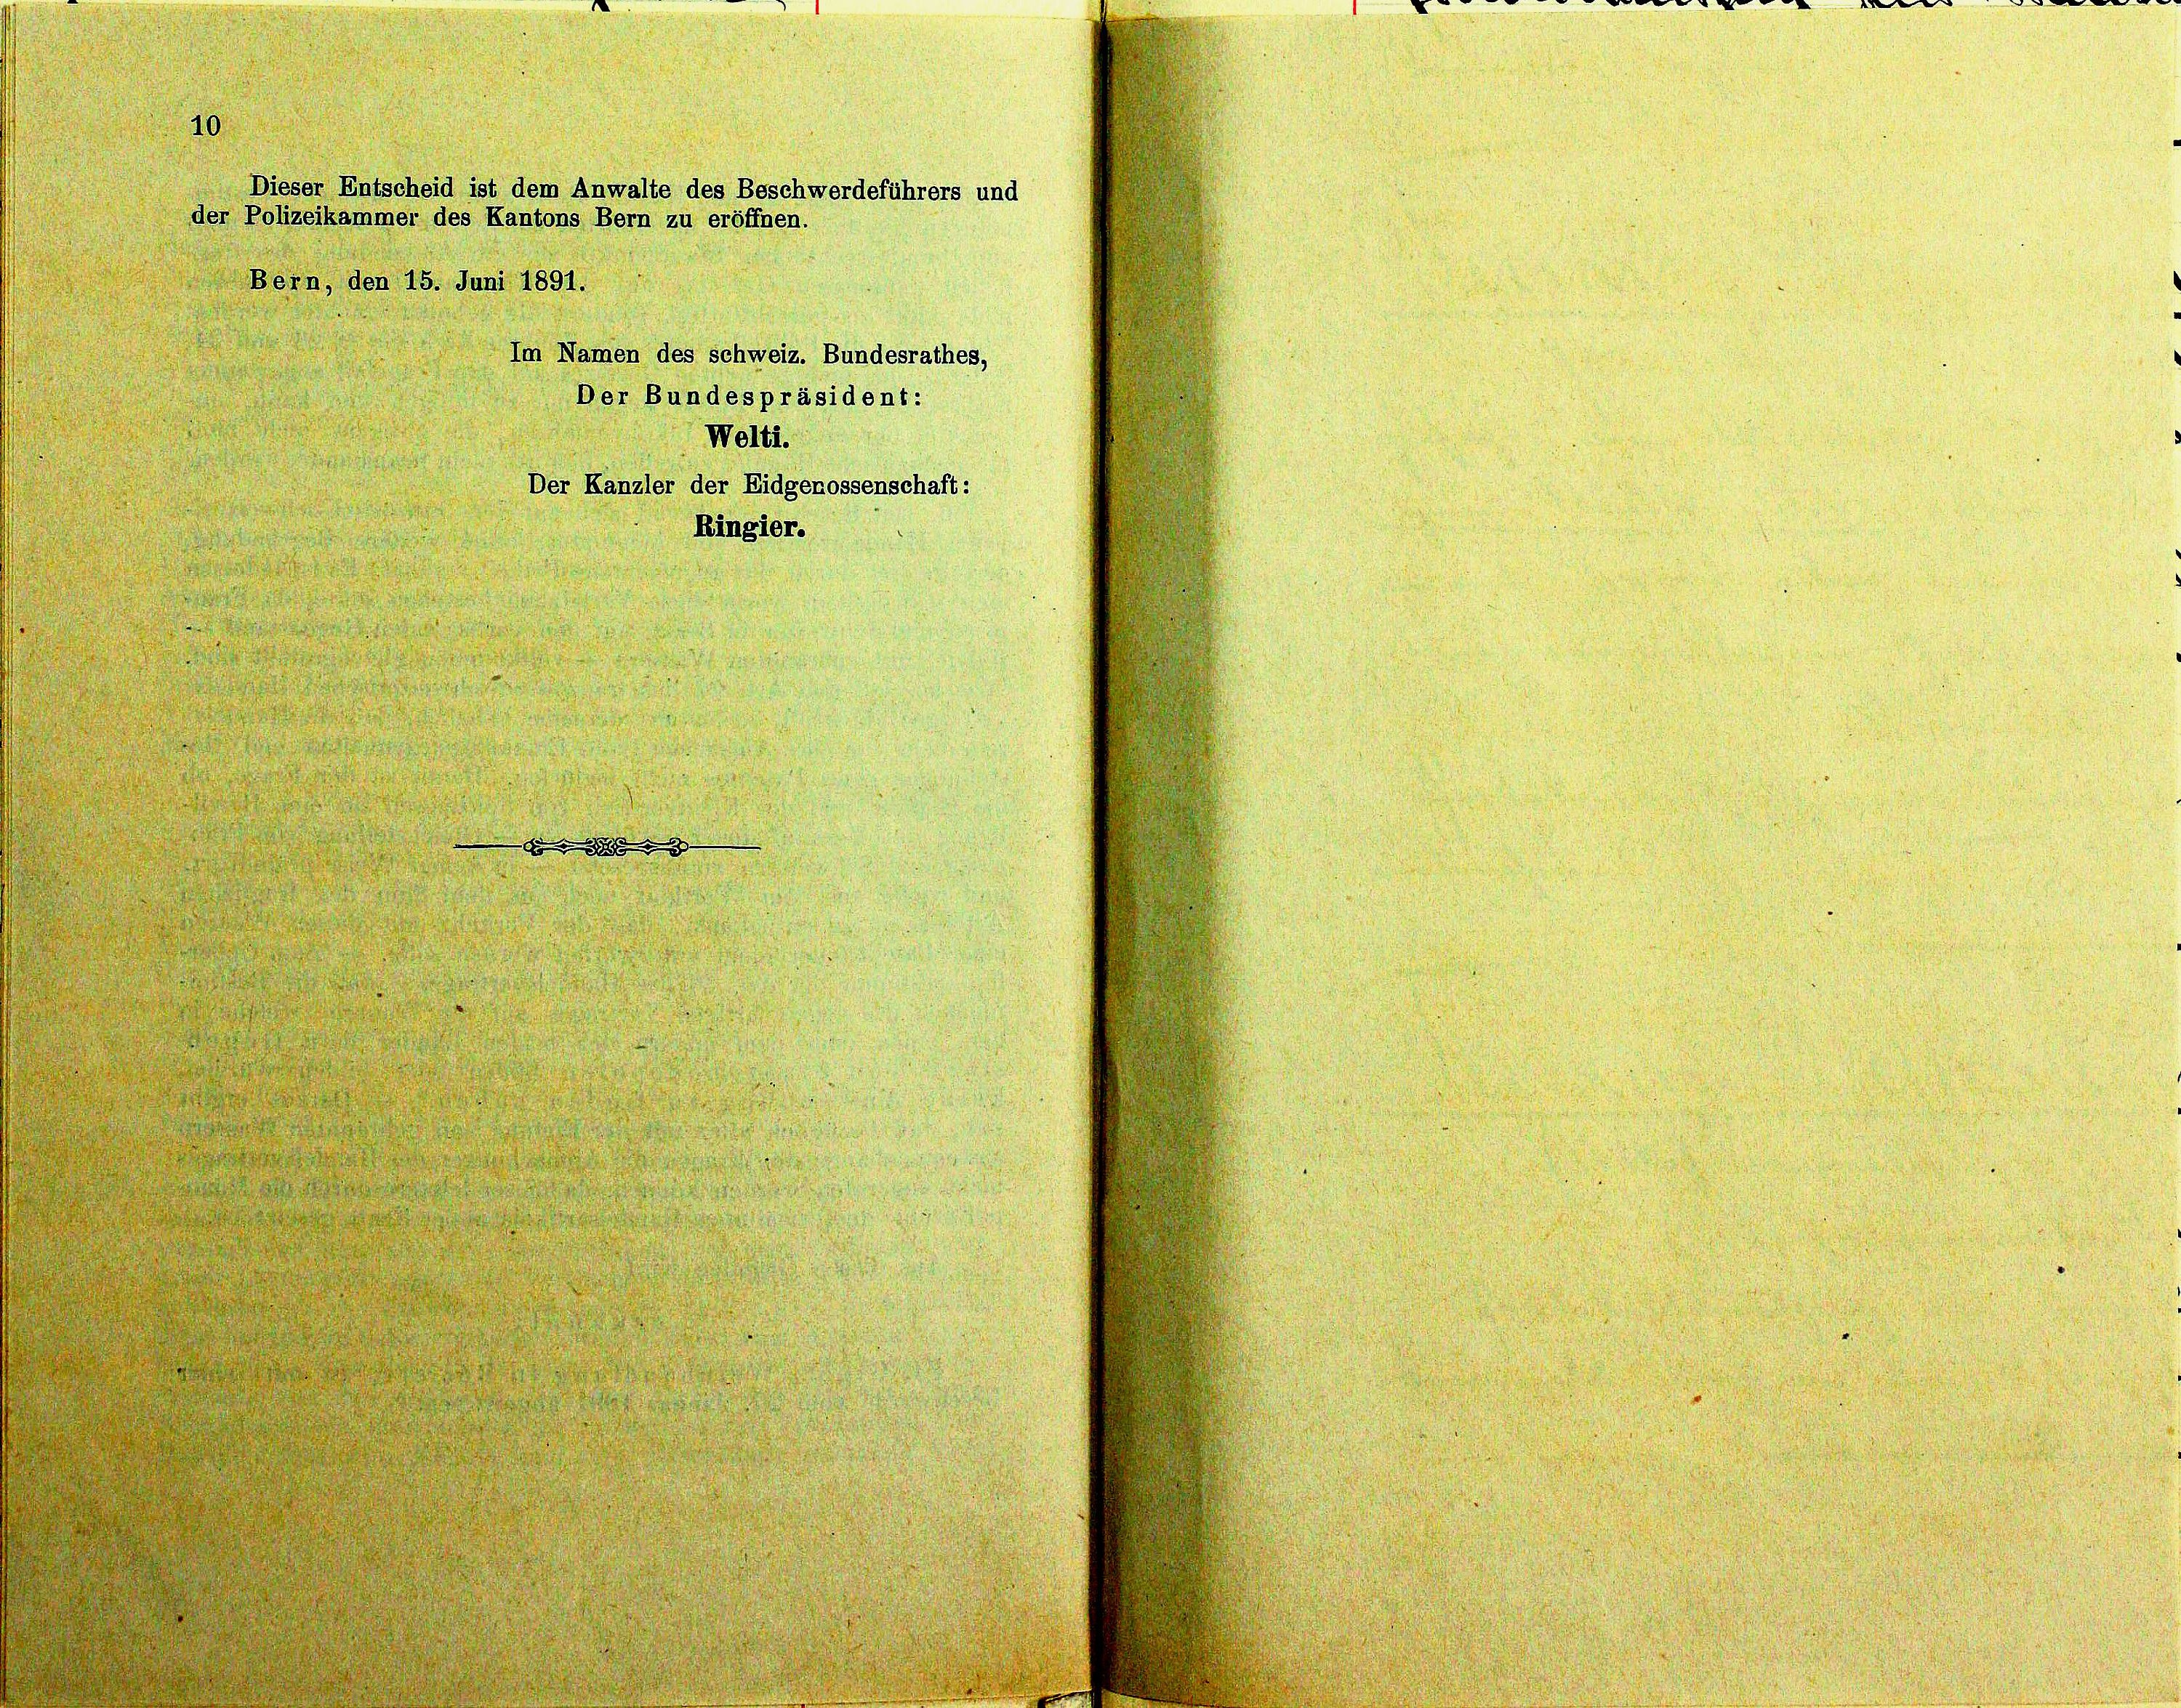
10

Bern, den 15. Juni 1891.
Der Bundespräsident:
Welti.
Der Kanzler der Eidgenossenschaft:
Ringier.

Dieser Entscheid ist dem Anwalte des Beschwerdeführers und
der Polizeikammer des Kantons Bern zu eröffnen.

Im Namen des Schweiz. Bundesrathes,

I